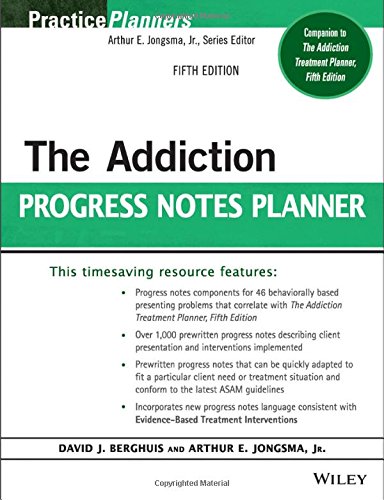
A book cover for The Addiction Progress Notes Planner (PracticePlanners); David J. Berghuis; Health, Fitness & Dieting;